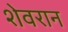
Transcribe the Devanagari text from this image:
शेवरान